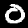
Digit: 0